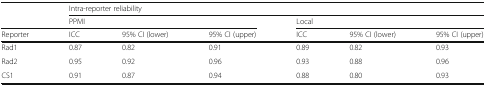
<table><thead><tr><td rowspan="2"></td><td colspan="6"><b>Intra-reporter reliability</b></td></tr><tr><td colspan="3"><b>PPMI</b></td><td colspan="3"><b>Local</b></td></tr><tr><td><b>Reporter</b></td><td><b>ICC</b></td><td><b>95% CI (lower)</b></td><td><b>95% CI (upper)</b></td><td><b>ICC</b></td><td><b>95% CI (lower)</b></td><td><b>95% CI (upper)</b></td></tr></thead><tbody><tr><td>Rad1</td><td>0.87</td><td>0.82</td><td>0.91</td><td>0.89</td><td>0.82</td><td>0.93</td></tr><tr><td>Rad2</td><td>0.95</td><td>0.92</td><td>0.96</td><td>0.93</td><td>0.88</td><td>0.96</td></tr><tr><td>CS1</td><td>0.91</td><td>0.87</td><td>0.94</td><td>0.88</td><td>0.80</td><td>0.93</td></tr></tbody></table>